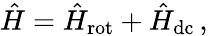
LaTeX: \hat{H}=\hat{H}_{\mathrm{rot}}+\hat{H}_{\mathrm{dc}}\, ,